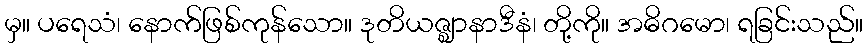
မှ။ ပရေသံ၊ နောက်ဖြစ်ကုန်သော။ ဒုတိယဇ္ဈာနာဒီနံ၊ တို့ကို။ အဓိဂမော၊ ရခြင်းသည်။